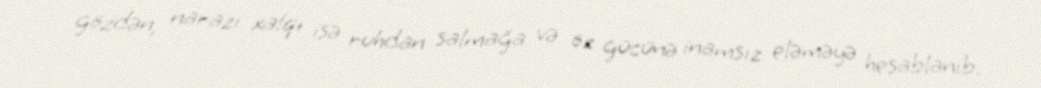
gözdən, narazı xalqı isə ruhdan salmağa və öz gücünə inamsız eləməyə hesablanıb.